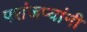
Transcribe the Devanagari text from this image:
परांजप्यांनी